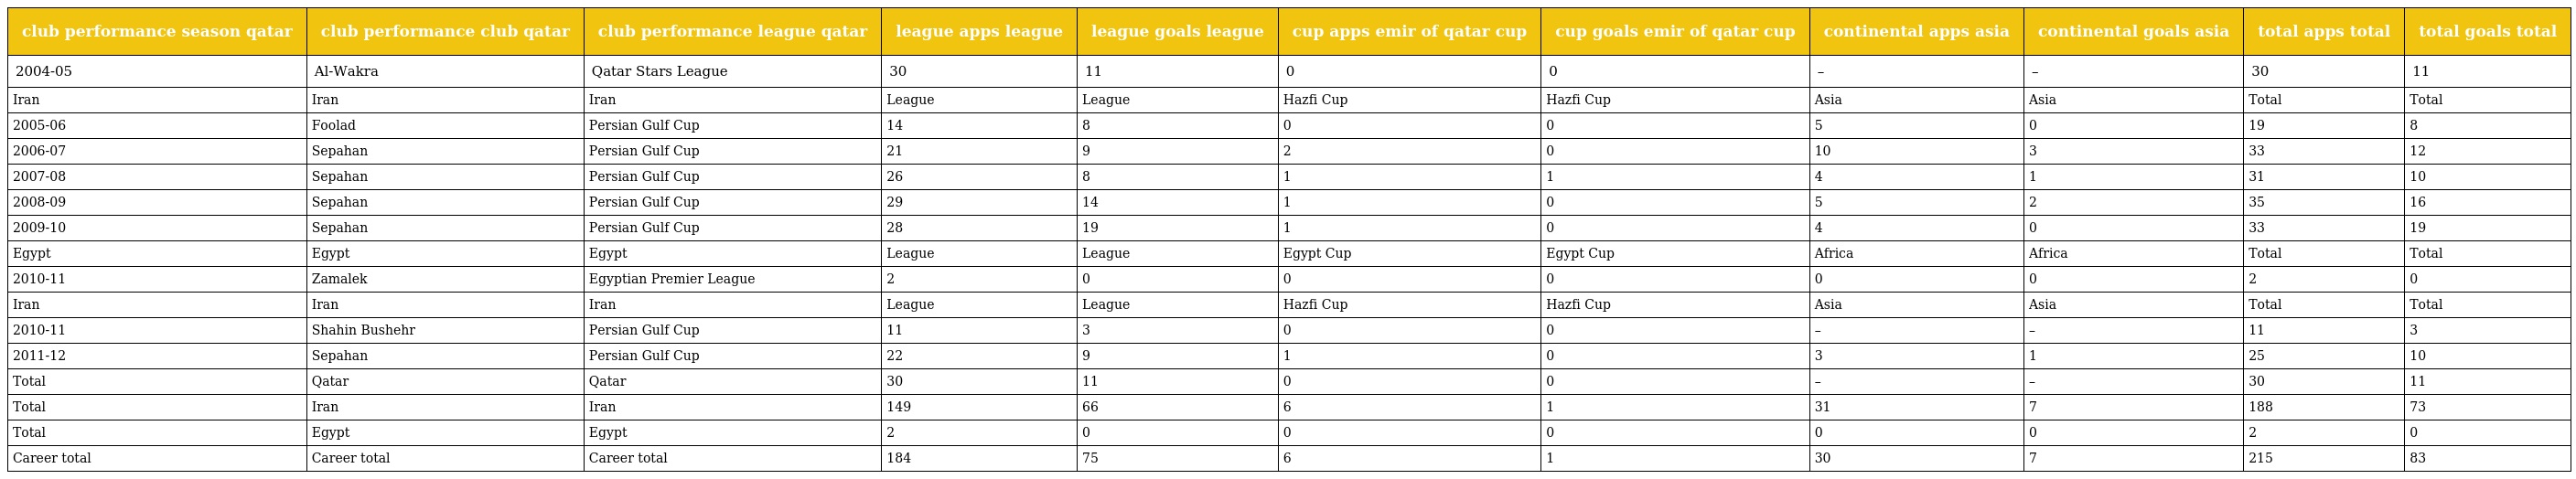
| club performance season qatar | club performance club qatar | club performance league qatar | league apps league | league goals league | cup apps emir of qatar cup | cup goals emir of qatar cup | continental apps asia | continental goals asia | total apps total | total goals total |
 | --- | --- | --- | --- | --- | --- | --- | --- | --- | --- | --- |
 | 2004-05 | Al-Wakra | Qatar Stars League | 30 | 11 | 0 | 0 | – | – | 30 | 11 |
 | Iran | Iran | Iran | League | League | Hazfi Cup | Hazfi Cup | Asia | Asia | Total | Total |
 | 2005-06 | Foolad | Persian Gulf Cup | 14 | 8 | 0 | 0 | 5 | 0 | 19 | 8 |
 | 2006-07 | Sepahan | Persian Gulf Cup | 21 | 9 | 2 | 0 | 10 | 3 | 33 | 12 |
 | 2007-08 | Sepahan | Persian Gulf Cup | 26 | 8 | 1 | 1 | 4 | 1 | 31 | 10 |
 | 2008-09 | Sepahan | Persian Gulf Cup | 29 | 14 | 1 | 0 | 5 | 2 | 35 | 16 |
 | 2009-10 | Sepahan | Persian Gulf Cup | 28 | 19 | 1 | 0 | 4 | 0 | 33 | 19 |
 | Egypt | Egypt | Egypt | League | League | Egypt Cup | Egypt Cup | Africa | Africa | Total | Total |
 | 2010-11 | Zamalek | Egyptian Premier League | 2 | 0 | 0 | 0 | 0 | 0 | 2 | 0 |
 | Iran | Iran | Iran | League | League | Hazfi Cup | Hazfi Cup | Asia | Asia | Total | Total |
 | 2010-11 | Shahin Bushehr | Persian Gulf Cup | 11 | 3 | 0 | 0 | – | – | 11 | 3 |
 | 2011-12 | Sepahan | Persian Gulf Cup | 22 | 9 | 1 | 0 | 3 | 1 | 25 | 10 |
 | Total | Qatar | Qatar | 30 | 11 | 0 | 0 | – | – | 30 | 11 |
 | Total | Iran | Iran | 149 | 66 | 6 | 1 | 31 | 7 | 188 | 73 |
 | Total | Egypt | Egypt | 2 | 0 | 0 | 0 | 0 | 0 | 2 | 0 |
 | Career total | Career total | Career total | 184 | 75 | 6 | 1 | 30 | 7 | 215 | 83 |